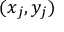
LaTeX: ( x _ { j } , y _ { j } )